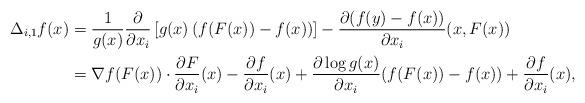
LaTeX: \begin{align*}\Delta_{i,1}f(x) &= \frac{1}{g(x)}\frac{\partial}{\partial x_i}\left[g(x)\left(f(F(x))-f(x)\right)\right]- \frac{\partial (f(y)-f(x))}{\partial x_i}(x,F(x))\\&= \nabla f (F(x))\cdot\frac{\partial F}{\partial x_i}(x) - \frac{\partial f}{\partial x_i}(x) +\frac{\partial \log g(x)}{\partial x_i}(f(F(x))-f(x)) +\frac{\partial f}{\partial x_i}(x),\end{align*}